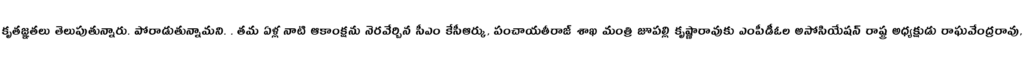
కృతజ్ఞతలు తెలుపుతున్నారు. పోరాడుతున్నామని. . తమ ఏళ్ల నాటి ఆకాంక్షను నెరవేర్చిన సీఎం కేసీఆర్కు, పంచాయతీరాజ్ శాఖ మంత్రి జూపల్లి కృష్ణారావుకు ఎంపీడీఓల అసోసియేషన్ రాష్ట్ర అధ్యక్షుడు రాఘవేంద్రరావు,